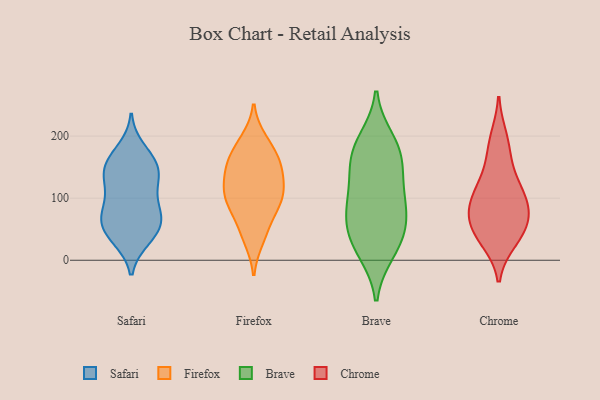
{"axis": {"x": "Population (Million)", "y": "Value"}, "legend": ["Brave", "Chrome", "Firefox", "Safari"], "data": [{"x": "", "y": 63, "type": "Safari"}, {"x": "", "y": 122, "type": "Safari"}, {"x": "", "y": 105, "type": "Safari"}, {"x": "", "y": 179, "type": "Safari"}, {"x": "", "y": 164, "type": "Safari"}, {"x": "", "y": 57, "type": "Safari"}, {"x": "", "y": 40, "type": "Safari"}, {"x": "", "y": 153, "type": "Safari"}, {"x": "", "y": 144, "type": "Safari"}, {"x": "", "y": 138, "type": "Safari"}, {"x": "", "y": 88, "type": "Safari"}, {"x": "", "y": 157, "type": "Safari"}, {"x": "", "y": 36, "type": "Safari"}, {"x": "", "y": 34, "type": "Safari"}, {"x": "", "y": 68, "type": "Safari"}, {"x": "", "y": 128, "type": "Safari"}, {"x": "", "y": 68, "type": "Safari"}, {"x": "", "y": 76, "type": "Safari"}, {"x": "", "y": 143, "type": "Firefox"}, {"x": "", "y": 45, "type": "Firefox"}, {"x": "", "y": 159, "type": "Firefox"}, {"x": "", "y": 102, "type": "Firefox"}, {"x": "", "y": 91, "type": "Firefox"}, {"x": "", "y": 135, "type": "Firefox"}, {"x": "", "y": 105, "type": "Firefox"}, {"x": "", "y": 101, "type": "Firefox"}, {"x": "", "y": 34, "type": "Firefox"}, {"x": "", "y": 71, "type": "Firefox"}, {"x": "", "y": 110, "type": "Firefox"}, {"x": "", "y": 150, "type": "Firefox"}, {"x": "", "y": 186, "type": "Firefox"}, {"x": "", "y": 163, "type": "Firefox"}, {"x": "", "y": 193, "type": "Firefox"}, {"x": "", "y": 83, "type": "Brave"}, {"x": "", "y": 42, "type": "Brave"}, {"x": "", "y": 101, "type": "Brave"}, {"x": "", "y": 47, "type": "Brave"}, {"x": "", "y": 13, "type": "Brave"}, {"x": "", "y": 86, "type": "Brave"}, {"x": "", "y": 149, "type": "Brave"}, {"x": "", "y": 194, "type": "Brave"}, {"x": "", "y": 16, "type": "Brave"}, {"x": "", "y": 118, "type": "Brave"}, {"x": "", "y": 59, "type": "Brave"}, {"x": "", "y": 186, "type": "Brave"}, {"x": "", "y": 160, "type": "Brave"}, {"x": "", "y": 169, "type": "Brave"}, {"x": "", "y": 80, "type": "Chrome"}, {"x": "", "y": 100, "type": "Chrome"}, {"x": "", "y": 67, "type": "Chrome"}, {"x": "", "y": 197, "type": "Chrome"}, {"x": "", "y": 32, "type": "Chrome"}, {"x": "", "y": 114, "type": "Chrome"}, {"x": "", "y": 50, "type": "Chrome"}, {"x": "", "y": 169, "type": "Chrome"}, {"x": "", "y": 125, "type": "Chrome"}, {"x": "", "y": 80, "type": "Chrome"}, {"x": "", "y": 39, "type": "Chrome"}]}